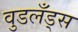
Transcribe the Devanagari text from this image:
वुडलँड्स